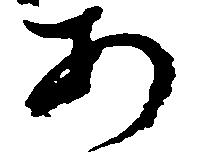
あ